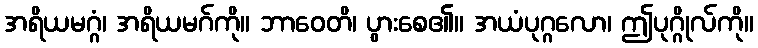
အရိယမဂ္ဂံ၊ အရိယမဂ်ကို။ ဘာဝေတိ၊ ပွားစေ၏။ အယံပုဂ္ဂလော၊ ဤပုဂ္ဂိုလ်ကို။